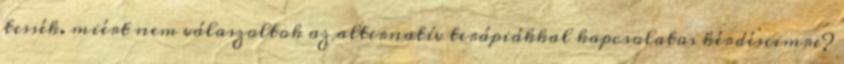
tessék. miért nem válaszoltok az alternatív terápiákkal kapcsolatos kérdéseimre?